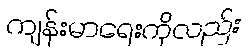
ကျန်းမာရေးကိုလည်း